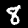
Digit: 8